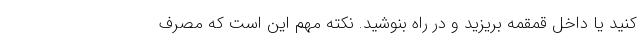
کنید یا داخل قمقمه بریزید و در راه بنوشید. نکته مهم این است که مصرف